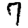
Digit: 7